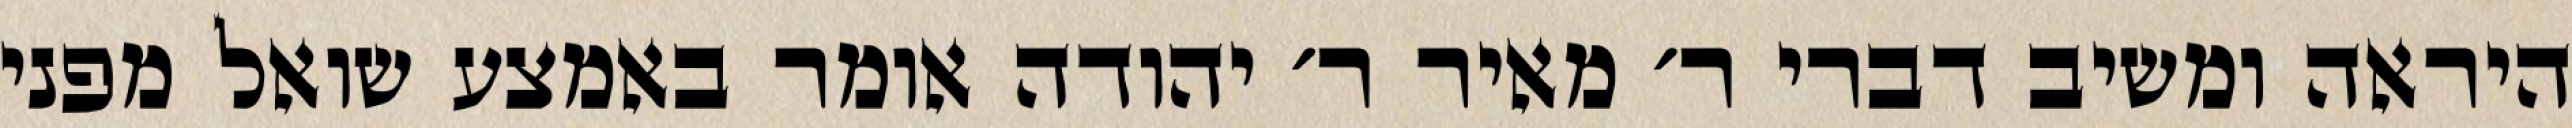
היראה ומשיב דברי ר׳ מאיר ר׳ יהודה אומר באמצע שואל מפני